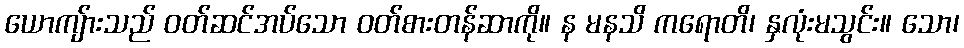
ယောကျ်ားသည် ဝတ်ဆင်အပ်သော ဝတ်စားတန်ဆာကို။ န မနသိ ကရောတိ၊ နှလုံးမသွင်း။ သော၊